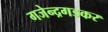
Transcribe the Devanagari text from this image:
गजेन्द्रगडकर